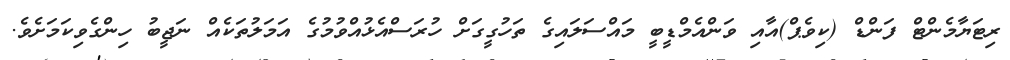
ރިޓަޔާމެންޓް ފަންޑް (ކިވެޕް)އާއި ވަންއެމްޑީބީ މައްސަލައިގެ ތަހުގީގަށް ހުރަސްއެޅުއްވުމުގެ އަމަލުތަކެއް ނަޖީބު ހިންގެވިކަމަށެވެ.